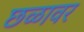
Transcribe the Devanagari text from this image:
छळावर